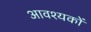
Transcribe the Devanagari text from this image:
आवश्यकों